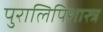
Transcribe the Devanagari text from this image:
पुरालिपिशास्त्र